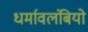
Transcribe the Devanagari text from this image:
धर्मावलंबियो